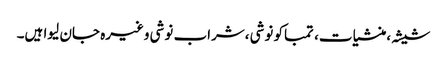
شیشہ ،منشیات، تمباکو نوشی ،شراب نوشی وغیرہ جان لیوا ہیں۔